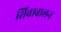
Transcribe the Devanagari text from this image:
सिवाबालन